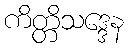
ကိတ္တိသဒ္ဒေန